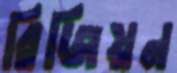
রিজিয়ন